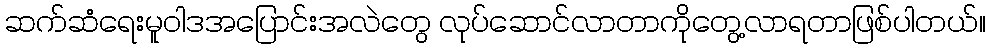
ဆက်ဆံရေးမူဝါဒအပြောင်းအလဲတွေ လုပ်ဆောင်လာတာကိုတွေ့လာရတာဖြစ်ပါတယ်။